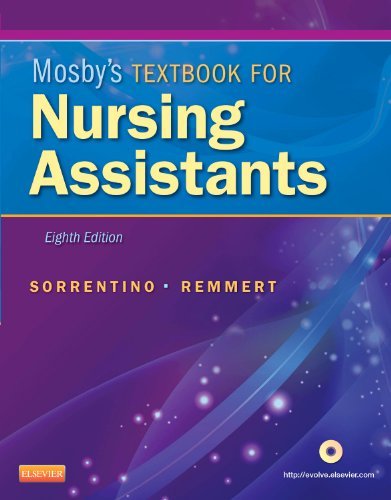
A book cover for Mosbys Textbook for Nursing Assistants Hard Cover Version, 8e by Sorrentino PhD RN, Sheila A., Remmert MS RN, Leighann [Mosby,2012] (Hardcover) 8th Edition; Medical Books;